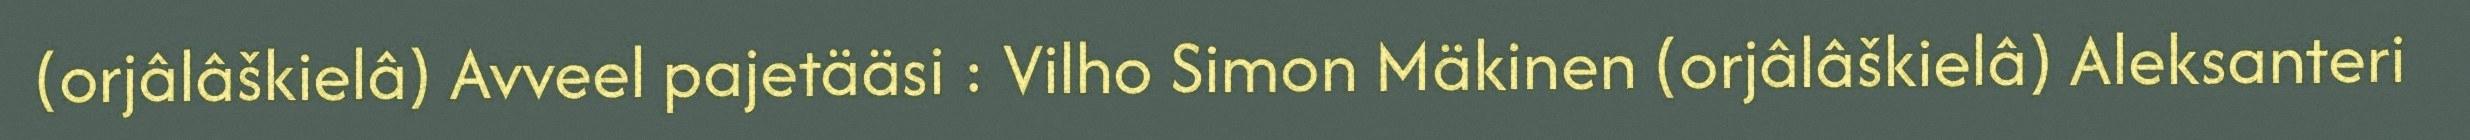
(orjâlâškielâ) Avveel pajetääsi : Vilho Simon Mäkinen (orjâlâškielâ) Aleksanteri